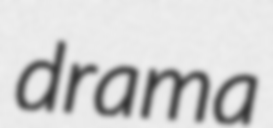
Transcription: drama